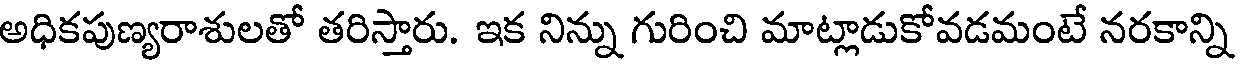
అధికపుణ్యరాశులతో తరిస్తారు. ఇక నిన్ను గురించి మాట్లాడుకోవడమంటే నరకాన్ని